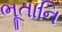
ભૂતાનિ